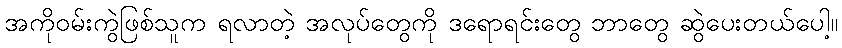
အကိုဝမ်းကွဲဖြစ်သူက ရလာတဲ့ အလုပ်တွေကို ဒရောရင်းတွေ ဘာတွေ ဆွဲပေးတယ်ပေါ့။